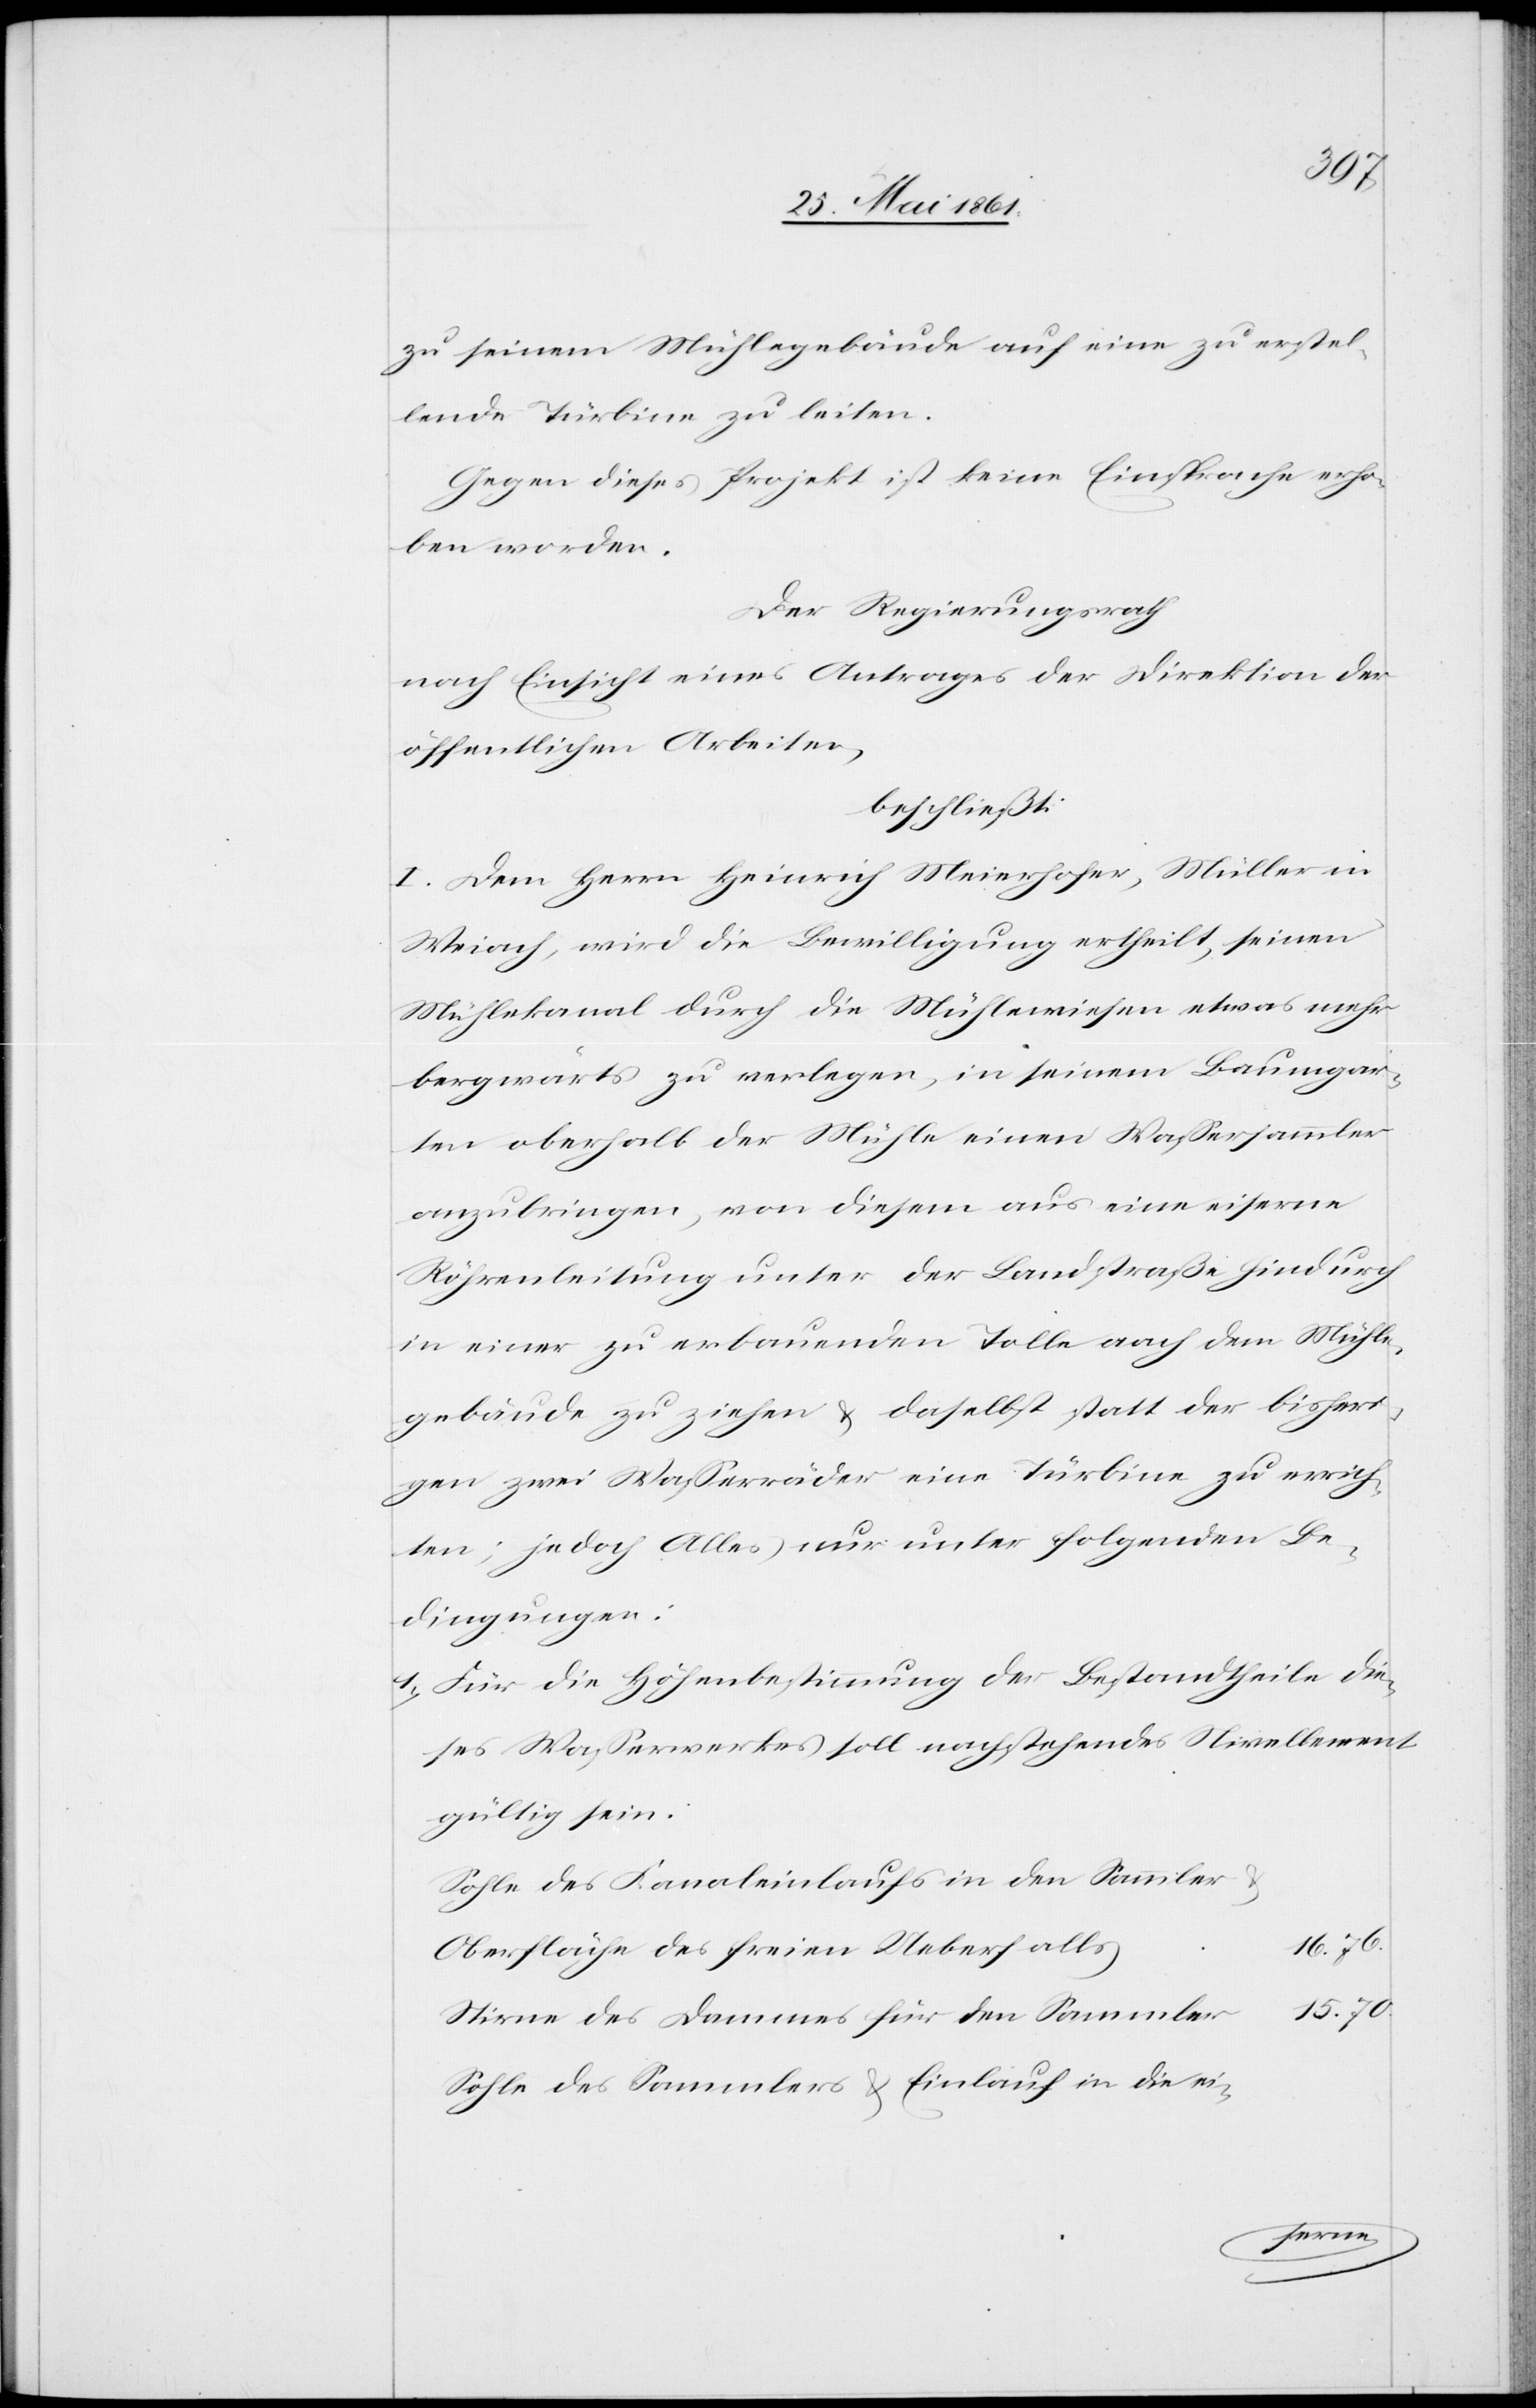
zu seinem Mühlegebäude auf eine zu erstel¬
lende Turbine zu leiten.
Gegen dieses Projekt ist keine Einsprache erho¬
ben worden.
Der Regierungsrath
nach Einsicht eines Antrages der Direktion der
öffentlichen Arbeiten,
beschließt:
I. Dem Herrn Heinrich Meierhofer, Müller in
Weiach, wird die Bewilligung ertheilt, seinen
Mühlekanal durch die Mühlewiesen etwas mehr
bergwärts zu verlegen, in seinem Baumgar¬
ten oberhalb der Mühle einen Wassersammler
anzubringen, von diesem aus eine eiserne
Röhrenleitung unter der Landstraße hindurch
in einer zu erbauenden Tolle nach dem Mühle¬
gebäude zu ziehen u. daselbst statt der bisheri¬
gen zwei Wasserräder eine Turbine zu errich¬
ten; jedoch Alles nur unter folgenden Be¬
dingungen:
1) Für die Höhenbestimmung der Bestandtheile die¬
ses Wasserwerkes soll nachstehendes Nivellement
gültig sein.
Sohle des Kanaleinlaufs in den Sammler u.
Oberfläche des freien Ueberfalls
15.70
Stirne des Dammes für den Sammler
Sohle des Sammlers u. Einlauf in die ei-